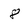
Character: 8